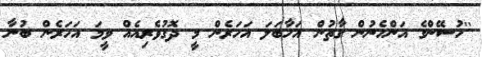
''ހުސޭންގެ އަންހެނުން ގާތުން އަހާބަލަ އަހަރެން މީ ދޮގުވެރިއެއް ވީމަ އަހަރެން ބުނާ